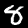
Label: 8